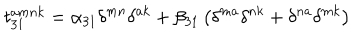
LaTeX: t _ { 3 1 } ^ { a m n k } = \alpha _ { 3 1 } \delta ^ { m n } \delta ^ { a k } + \beta _ { 3 1 } \left( \delta ^ { m a } \delta ^ { n k } + \delta ^ { n a } \delta ^ { m k } \right)